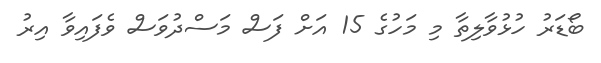
ބޯޑަރު ހުޅުވާލިތާ މި މަހުގެ 15 އަށް ފަސް މަސްދުވަސް ވެފައިވާ އިރު